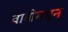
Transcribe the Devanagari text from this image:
वातीमधून